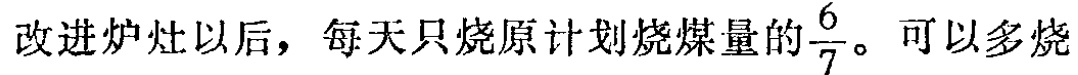
改进炉灶以后，每天只烧原计划烧煤量的$\frac{6}{7}$。可以多烧